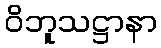
ဝိဘူသဋ္ဌာနာ